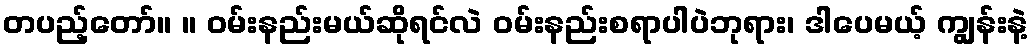
တပည့်တော်။ ။ ဝမ်းနည်းမယ်ဆိုရင်လဲ ဝမ်းနည်းစရာပါပဲဘုရား၊ ဒါပေမယ့် ကျွန်းနဲ့